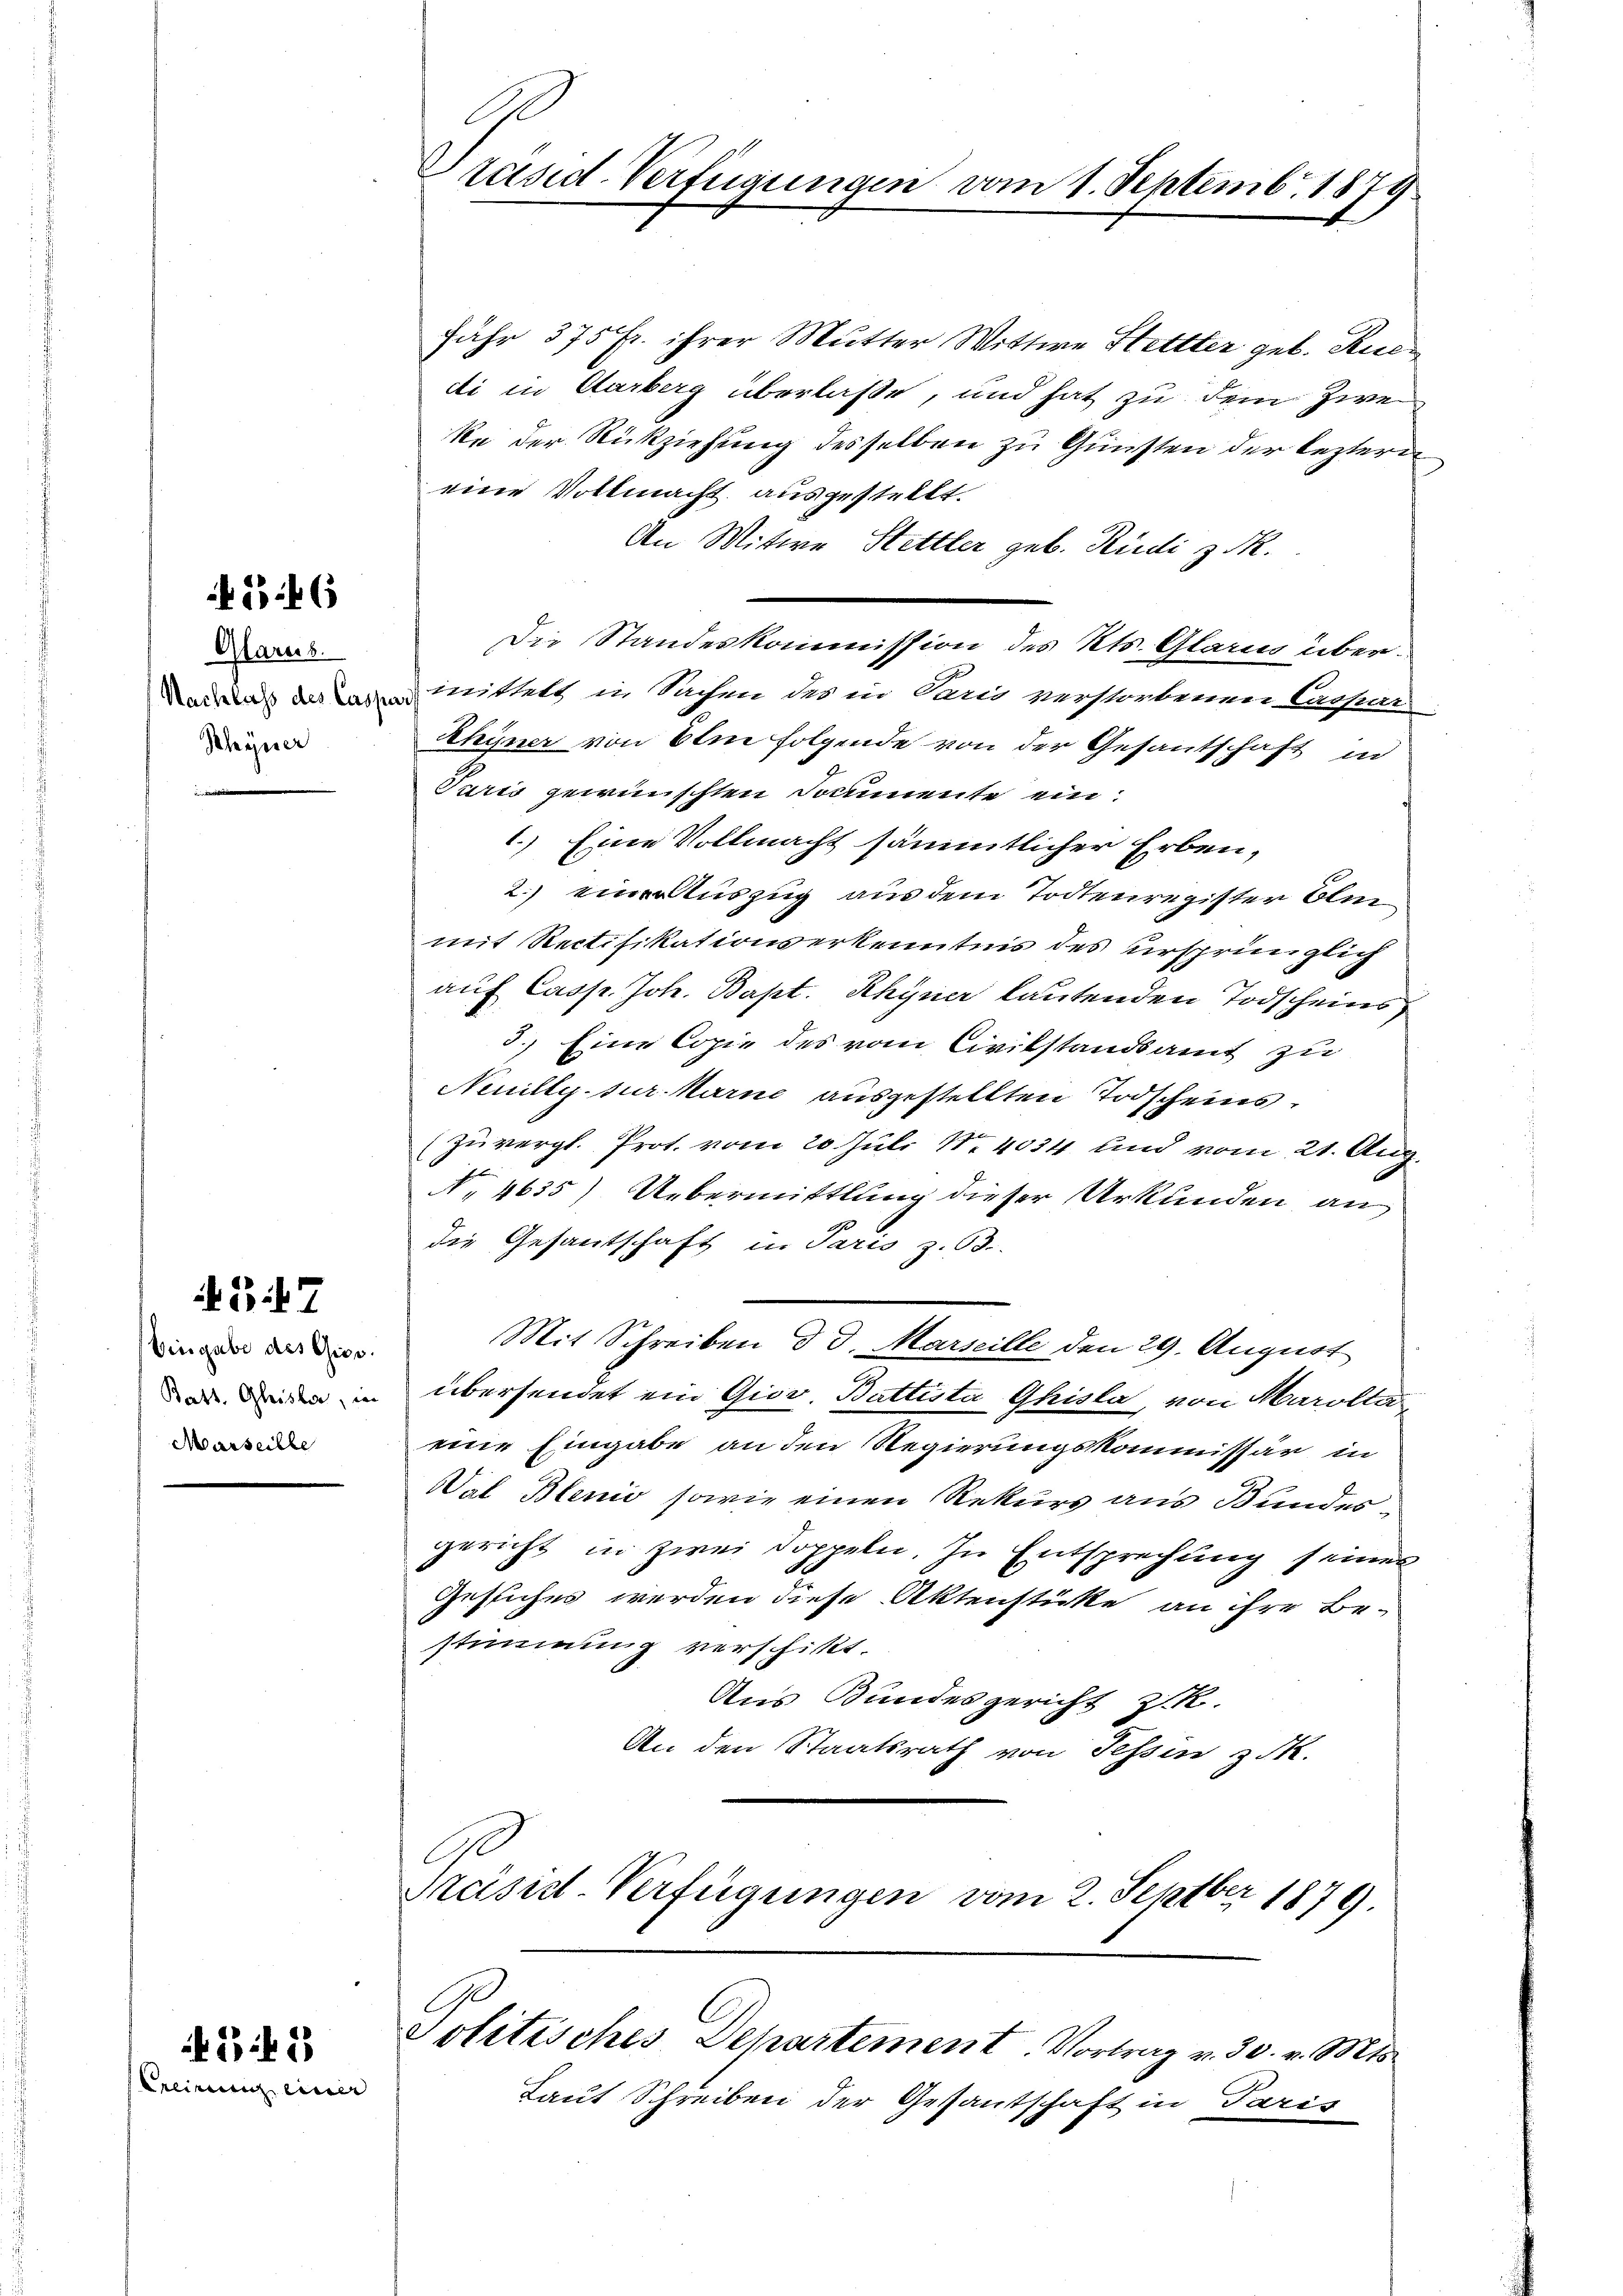
4546

Glarus.
Rhyner

B 47

Eingabe des Gior.
Marseille

242
Ercirung einer

fähr 375 fr. ihrer Mutter Wittwe Stettter geb. Ruen
di in Carberg überlaße, und hat zu dem Zwe
ke der Rückziehung desselben zu Gunsten der leztern
eine Vollmacht ausgestellt.
An Witwe Hettler geb. Rudi z. R.
Die Standeskommission des Kts. Glarus über¬
Nadas des Casenmittels in Sachen des in Paris verstorbenen Lassar
Rhyner von Elm folgende von der Gesantschaft in
Juris gewünschten Documente ein.
1.) Eine Vollmacht sämmtlicher Erben,
2.) einer Auszug aus dem Todtenregister Blin
mit Rectifikationserkenntnis des ursprünglich
auf Casp. Joh. Bapt. Rhyner lautenden Todscheins
3) Eine Copie des vom Civilstandsamt zu
Neuille sur. Karne ausgestellten Todscheins¬
(zuvergl. Prot. vom 20. Juli No 4034 und vom 21. Aug.
No 4635) Uebermittlung dieser Urkunden an
die Gesantschaft in Paris z. 63.
Mit Schreiben d. d. Marseille den 29. August
adin übersendet ein Giov. Battista Ghista, von Marolle
eine Eingabe an den Regierungskommissär in
Val Blenio sowie einen Rekurs aus Bundesgericht in zwei Doppeln. In Entsprechung seines
Gesuches werden diese Aktenstücke an ihre Be-
stimmung verschickt.
Aus Bundesgericht z
An den Staatsrath von Tessin z.
C.
Präsid-Verfügungen vom 2. Septbr 1879.

Politisches Departement. Vortrag v. 30. v. Mts.

E
Präsid-Verfügungen vom 1. Septembr. 1879

Laut Schreiben der Gesantschaft in Paris